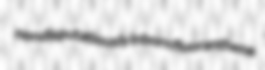
nondisputatiously inborn fluoranthene